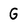
Character: G